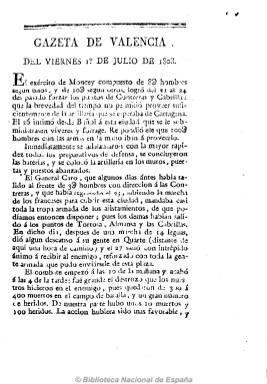
Título: Gazeta de Valencia
Otros títulos: Gaceta de Valencia || Gazeta del Reyno de Valencia || Gaceta del Reino de Valencia || Gazeta de Valencia baxo el Gobierno de la Regencia de las Españas || Gaceta de Valencia baxo el Gobierno de la Regencia de las Españas || Gazeta de la ciudad de Valencia || Gaceta de la ciudad de Valencia || Gazeta provincial de Valencia || Gazeta provincial de Valencia baxo el Gobierno de la Regencia de las Españas || Gaceta provincial de Valencia
Colección: Gacetas
Ámbito geográfico: Valencia
Lugar de publicación: Alicante
Fechas: 01/07/1808-19/04/1814

Aunque de carácter patriótico sufrió diversas vicisitudes unidas a las que corrió su impresor, Joseph Estévan (José Esteban Cervera: ¿1747-1820), que fue impresor de la Junta Superior del Gobierno de Valencia y más tarde se convertirá en impresor oficial del gobierno invasor napoleónico, decidiendo por fin trasladarse a Alicante, con sus máquinas y trabajadores.

Es el primer periódico de los de carácter político de Valencia, que comienza a publicarse con el levantamiento popular contra el invasor ejército napoleónico, el martes siete de junio de 1808, con privilegio de la Junta Suprema de Gobierno en la imprenta de Joseph Estévan y Hermanos.

La Gazeta de Valencia tiene una vida dividida en tres etapas bien diferenciadas, pues al ser atacada y ocupada Valencia en marzo de 1810, será impresa en Alicante hasta el cinco de julio de 1813, fecha esta en la que volverá a ser estampada en Valencia hasta enero de 1815, al ser suspendida por orden del nuevo gobierno fernandino.

Es uno de los periódicos más interesantes del periodo. Se publicaba martes y viernes. Reinició en varias ocasiones su numeración y paginación continuada y contenía crónicas extranjeras, españolas y valencianas, en concreto sobre la guerra napoleónica. Sus ejemplares eran de cuatro, ocho y hasta doce páginas. Fue redactada por el presbítero valenciano Luis Monfort (1780-1829?).

Editó números especiales con el título Gazeta Extraordinaria de Valencia o Suplemento a la…, y varió su cabecera en varias ocasiones con títulos como Gazeta de la Ciudad de Valencia o Gazeta de Valencia bajo el Gobierno de la Regencia de las Españas.

La colección original y más completa de este periódico está formada por diez tomos. La Comunitat Valenciana editó en microforma los números correspondientes a 1808, incluido su Prospecto.  La Biblioteca Histórica de la Universidad de Valencia tiene on line el periodo 1808-1811. La BN cuenta con cuatro números on line.